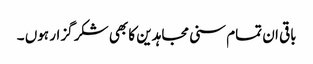
باقی ان تمام سنی مجاہدین کا بھی شکر گزار ہوں ۔